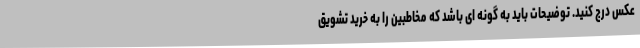
عکس درج کنید. توضیحات باید به گونه ای باشد که مخاطبین را به خرید تشویق